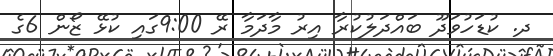
ދ. ކުޑަހުވަދޫ ބައްދަލުކުރާ އިރު މާދަމާ ރޭ 9:00ގައި ކުޅޭ ޒޯން 6ގެ